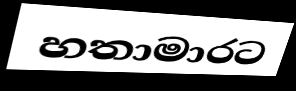
හතාමාරට